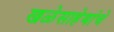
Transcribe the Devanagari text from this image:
खळेसाहेबांचे